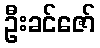
ဦးခင်ဇော်